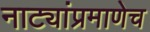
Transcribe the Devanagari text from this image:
नाट्यांप्रमाणेच